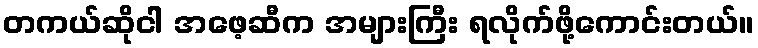
တကယ်ဆိုငါ အဖေ့ဆီက အများကြီး ရလိုက်ဖို့ကောင်းတယ်။